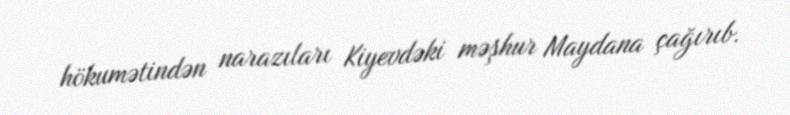
hökumətindən narazıları Kiyevdəki məşhur Maydana çağırıb.